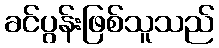
ခင်ပွန်းဖြစ်သူသည်